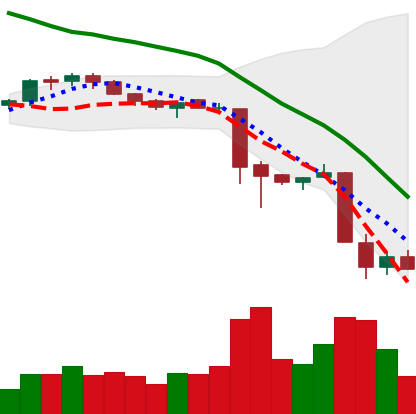
Ticker: XMR-USD
Chart end date: 2018-11-22
Forward return: -13.25%
Label: down_7plus